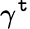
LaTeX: \gamma^{\mathtt{t}}